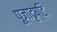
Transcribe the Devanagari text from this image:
पूजादृष्टि